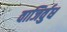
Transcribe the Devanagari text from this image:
वाजिर्वुध